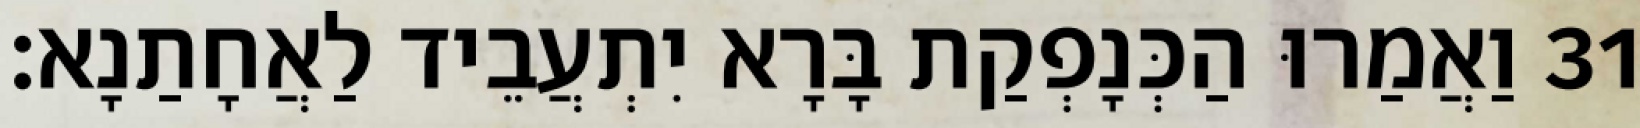
31 וַאֲמַרוּ הַכְּנָפְקַת בָּרָא יִתְעֲבֵיד לַאֲחָתַנָא׃